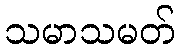
သမာသမတ်